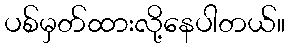
ပစ်မှတ်ထားလို့နေပါတယ်။